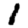
Digit: 1